Statistics of inoculations with Haffkine's anti-plague vaccine 1897-1900
Year: 1897
Disease focus: Plague
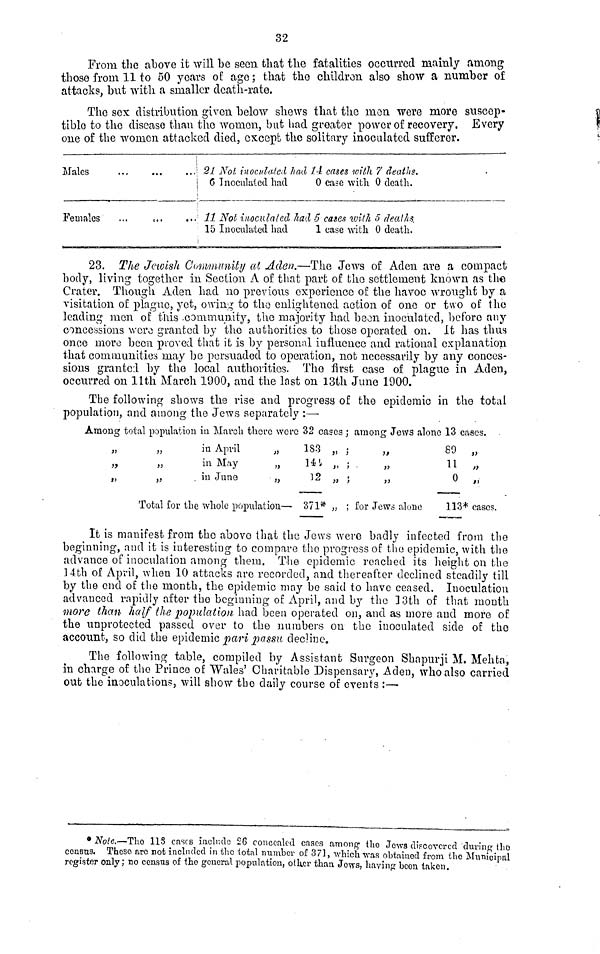
32
From the above it will be seen that the fatalities occurred mainly among
those from 11 to 50 years of ago ; that the children also show a number of
attacks, but with a smaller death-rate.
The sex distribution given below shews that the men were more suscep-
tible to the disease than the women, but had greater power of recovery. Every
one of the women attacked died, except the solitary inoculated sufferor.
Males
Females
...
...
...
...
...
...
21 Not inoculated had 14 cases with 7 deaths.
6 Inoculated had
0 case with 0 death.
11 Not inoculated had 5 cases with 5 deaths.
15 Inoculated had
1 case with 0 death.
23. The Jewish Community at Aden.—The Jews of Aden are a compact
body, living together in Section A of that part of the settlement known as the
Crater. Though Aden had no previous experience of the havoe wrought by a
visitation of plague, yet, owing to the enlightened action of one or two of the
leading men of this community, the majority had been inoculated, before any
concessions were granted by the authorities to those operated on. It has thus
once more been proved that it is by personal influence and rational explanation
that communities may be persuaded to operation, not necessarily by any conces-
sions granted by the local authorities. The first case of plague in Aden,
occurred on 11th March 1900, and the last on 13th June 1900.
The following shows the rise and progress of the epidemic in the total
population, and among the Jews separately :—
Among total population in March there were 32 cases ; among Jews alone 13 cases.
,,
»9
§>
,,
,,
,,
in April
in May
in June
,,
,,
,,
Total for the whole population—
183
141
12
371*
,,
,,
,,
,,
;
;
;
,,
; for Jews alone
89
11
0
113*
,,
,,
cases.
It is manifest from the above that the Jews were badly infected from the
beginning, and it is interesting to compare the progress of the epidemic, with the
advance of inoculation among them. The epidemic reached its height on the
14th of April, when 10 attacks arc recorded, and thereafter declined steadily till
by the end of the month, the epidemic may be said to have ceased. Inoculation
advanced rapidly after the beginning of April, and by the 13th of that month
more than half the population had been operated on, and as more and more of
the unprotected passed over to the numbers on the inoculated side of the
account, so did the epidemic pari passu decline.
The following table, compiled by Assistant Surgeon Shapurji M. Mehta,
in charge of the Prince of Wales' Charitable Dispensary, Aden, who also carried
out the inoculations, will show the daily course of ovents :—
• Note.—The 113 cases include 26 concealed cases among the Jows discovered during the
census. These are not included in the total numbor of 371, which was obtained from the Municipal
register only ; no consus of the general population, other than Jows, having boon taken.